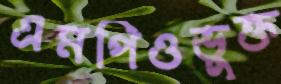
এমপিওভুক্ত